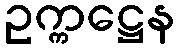
ဥက္ကဋ္ဌေန